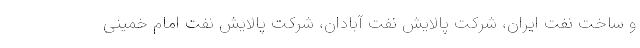
و ساخت نفت ایران، شرکت پالایش نفت آبادان، شرکت پالایش نفت امام خمینی